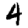
Digit: 4